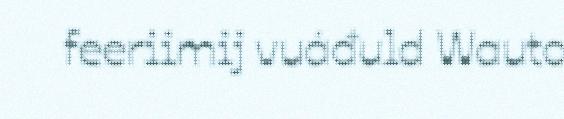
feeriimij vuáđuld Wauto